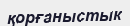
қорғаныстык